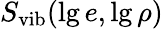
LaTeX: S_{\mathrm{vib}}(\lg e,\lg\rho)